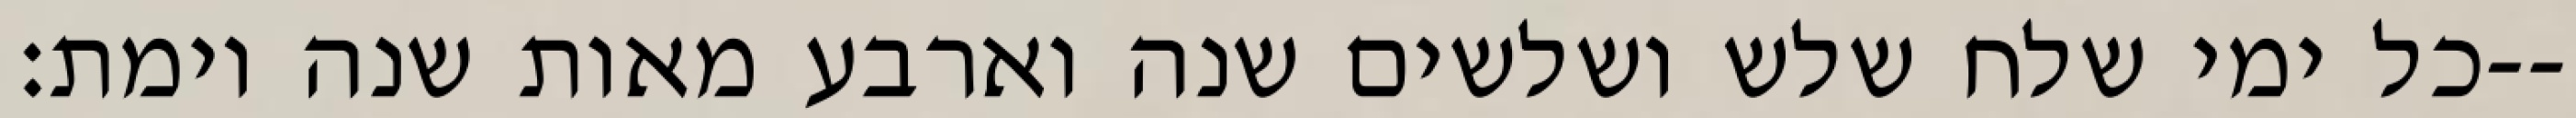
כל ימי שלח שלש ושלשים שנה וארבע מאות שנה וימת׃--